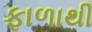
ફાળાથી